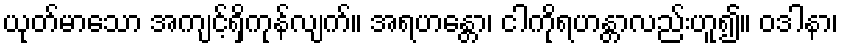
ယုတ်မာသော အကျင့်ရှိကုန်လျက်။ အရဟန္တော၊ ငါကိုရဟန္တာလည်းဟူ၍။ ဝဒါနာ၊